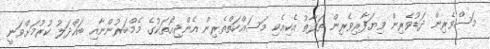
މަސްވެރިން ދަޑުވެރިން ވިޔަފާރިވެރިން ތަފާތު އެކިއެކި މަސައްކަތްތެރިން އެންޖިއޯތަކުގެ މެމްބަރުންނާއި ބައްދަލު ކުރުމަށްވަނީ